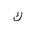
Letter: _kaf